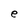
Character: e